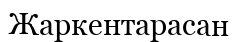
Жаркентарасан